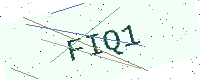
Text: FIQ1